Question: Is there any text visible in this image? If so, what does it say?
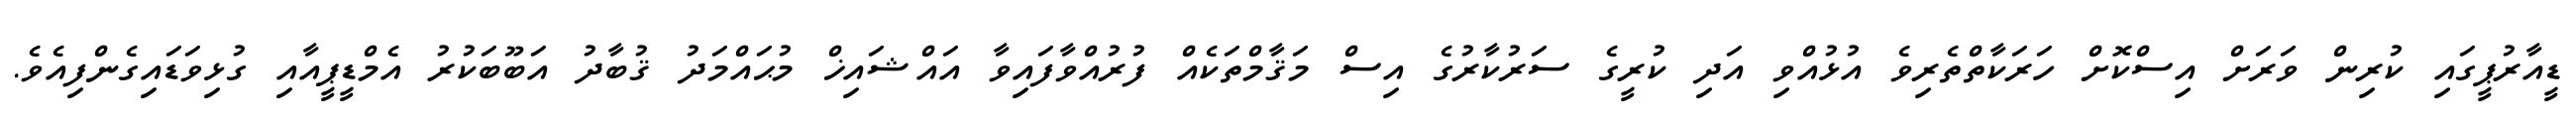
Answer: ޑީއާރުޕީގައި ކުރިން ވަރަށް އިސްކޮށް ހަރަކާތްތެރިވެ އުޅުއްވި އަދި ކުރީގެ ސަރުކާރުގެ އިސް މަޤާމްތަކެއް ފުރުއްވާފައިވާ އައްޝައިޚް މުޙައްމަދު ޤުބާދު އަބޫބަކުރު އެމްޑީޕީއާއި ގުޅިވަޑައިގެންފިއެވެ.